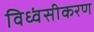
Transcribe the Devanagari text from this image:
विध्वंसीकरण